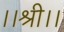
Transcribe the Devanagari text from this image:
।।श्री।।